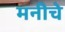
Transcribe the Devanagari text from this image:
मनीचे